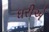
ધરીએ